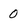
Character: 0